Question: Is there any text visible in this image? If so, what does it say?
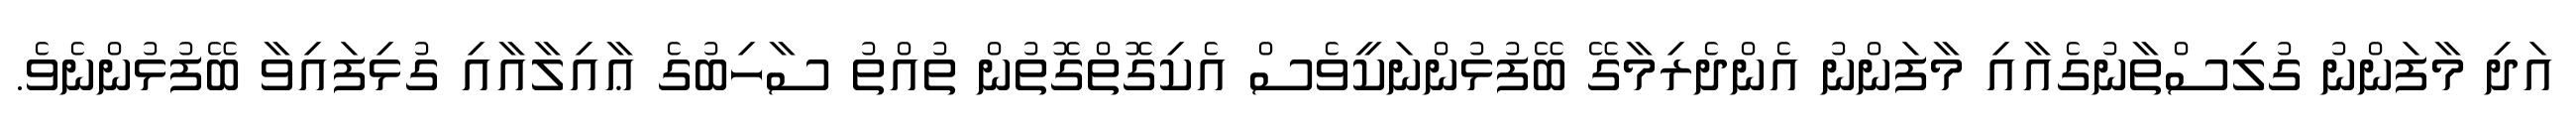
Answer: އަދި މާފަންނު ގުލިސްތާނުގެއާއި މާފަންނު އެންދެރިމާގޭ ބޭފުޅުންނަކީވެސް އެކިގޮތްގޮތުން ތުއްތު ސާހިބުގެ ޢާއިލާއާއި ގުޅިފައިވާ ބޭފުޅުންނެވެ.